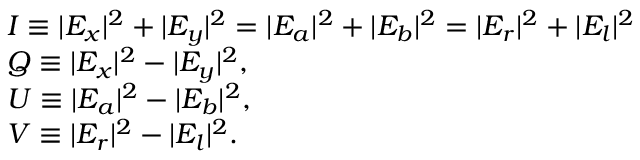
\begin{array} { l } { I \equiv | E _ { x } | ^ { 2 } + | E _ { y } | ^ { 2 } = | E _ { a } | ^ { 2 } + | E _ { b } | ^ { 2 } = | E _ { r } | ^ { 2 } + | E _ { l } | ^ { 2 } } \\ { Q \equiv | E _ { x } | ^ { 2 } - | E _ { y } | ^ { 2 } , } \\ { U \equiv | E _ { a } | ^ { 2 } - | E _ { b } | ^ { 2 } , } \\ { V \equiv | E _ { r } | ^ { 2 } - | E _ { l } | ^ { 2 } . } \end{array}